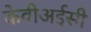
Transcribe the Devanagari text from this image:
केवीअईसी